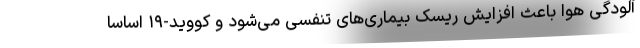
آلودگی هوا باعث افزایش ریسک بیماری‌های تنفسی می‌شود و کووید-۱۹ اساسا